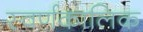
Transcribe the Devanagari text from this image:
स्वर्णकालिक